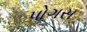
પોગસ